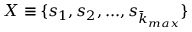
X \equiv \{ s _ { 1 } , s _ { 2 } , . . . , s _ { \bar { k } _ { m a x } } \}